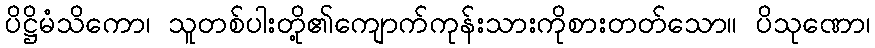
ပိဋ္ဌိမံသိကော၊ သူတစ်ပါးတို့၏ကျောက်ကုန်းသားကိုစားတတ်သော။ ပိသုဏော၊